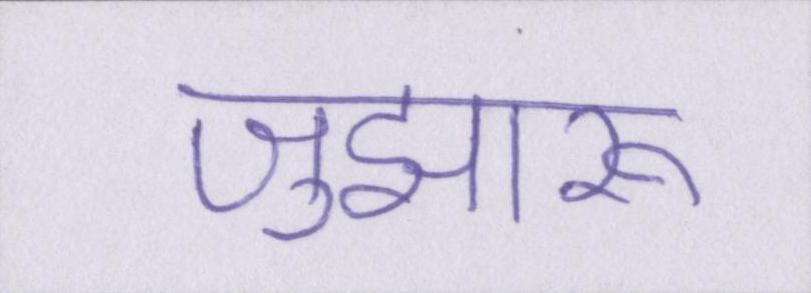
जुझारू